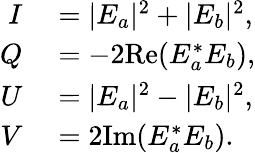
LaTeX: \begin{array}{rl}{I}&{{}=|E_{a}|^{2}+|E_{b}|^{2},}\\ {Q}&{{}=-2\mathrm{Re}(E_{a}^{*}E_{b}),}\\ {U}&{{}=|E_{a}|^{2}-|E_{b}|^{2},}\\ {V}&{{}=2\mathrm{Im}(E_{a}^{*}E_{b}).}\end{array}